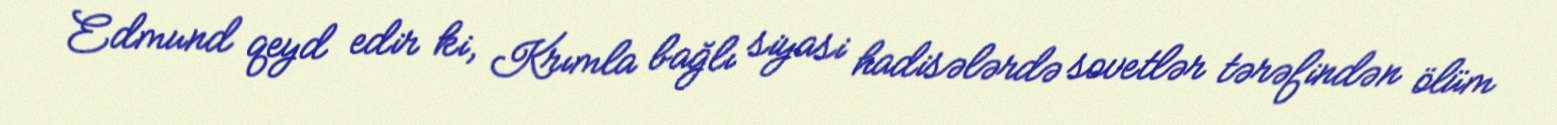
Edmund qeyd edir ki, Krımla bağlı siyasi hadisələrdə sovetlər tərəfindən ölüm